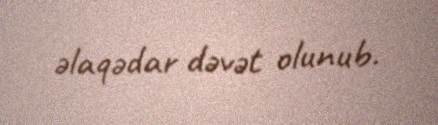
əlaqədar dəvət olunub.